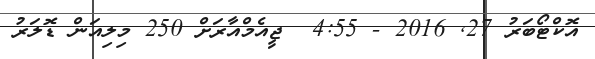
އޮކްޓޯބަރު 27